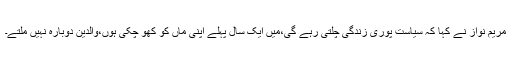
مریم نواز نے کہا کہ سیاست پوری زندگی چلتی رہے گی،میں ایک سال پہلے اپنی ماں کو کھو چکی ہوں،والدین دوبارہ نہیں ملتے۔